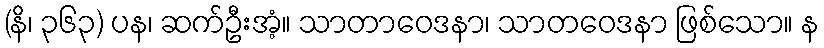
(နိ၊ ၃၆၃) ပန၊ ဆက်ဦးအံ့။ သာတာဝေဒနာ၊ သာတဝေဒနာ ဖြစ်သော။ န